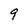
Character: 9